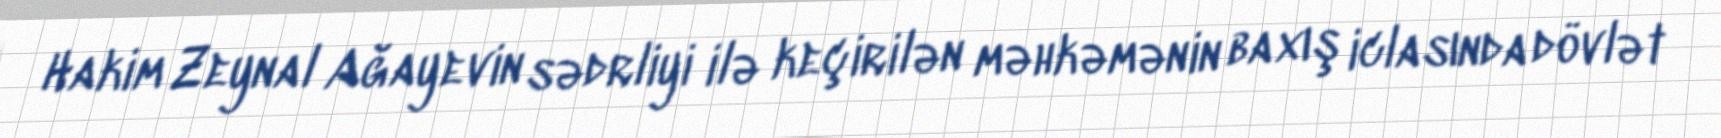
Hakim Zeynal Ağayevin sədrliyi ilə keçirilən məhkəmənin baxış iclasında dövlət